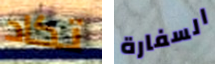
تكاد السفارة